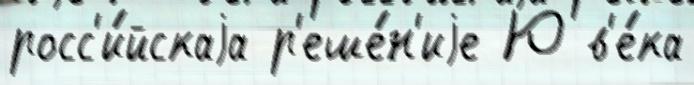
росс'и́йскаjа р'еше́н'иjе Ю в'е́ка